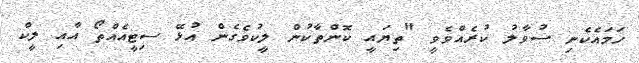
ހަމައެކެނި ސުވާލު ކުރެއްވެވީ "ތިޔައީ ކޮންތާކުން ލީކުވެގެން އުޅޭ ސިޓީއެއްތޯ އާއި ލީކް